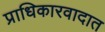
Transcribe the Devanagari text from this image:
प्राधिकारवादात